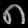
Digit: ၈